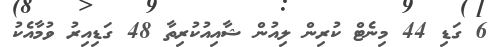
6 ގަޑި 44 މިނެޓް ކުރިން ލިއުން ޝާއިއުކުރިތާ 48 ގަޑިއިރު ވުމާއެކު